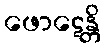
ဖောဋေန္တိ